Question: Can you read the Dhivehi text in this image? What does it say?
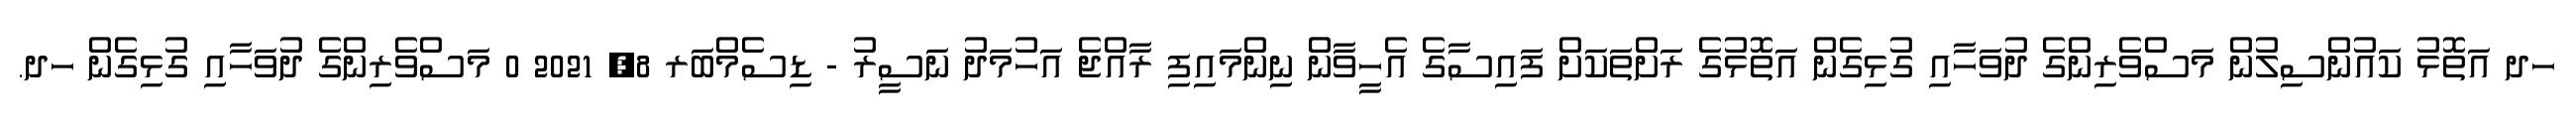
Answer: ހދ އަތޮޅު ކައުންސިލުން މަސްވެރިންގެ ދުވަހާއި ގުޅިގެން އަތޮޅުގެ ރަށްތަކަށް ފައިސާގެ އެހީވާން ނިންމައިފި ރާއްޖެ އަހުމަދު ނަސީރު - ޑިސެމްބަރ 8, 2021 0 މަސްވެރިންގެ ދުވަހާއި ގުޅިގެން ހދ.